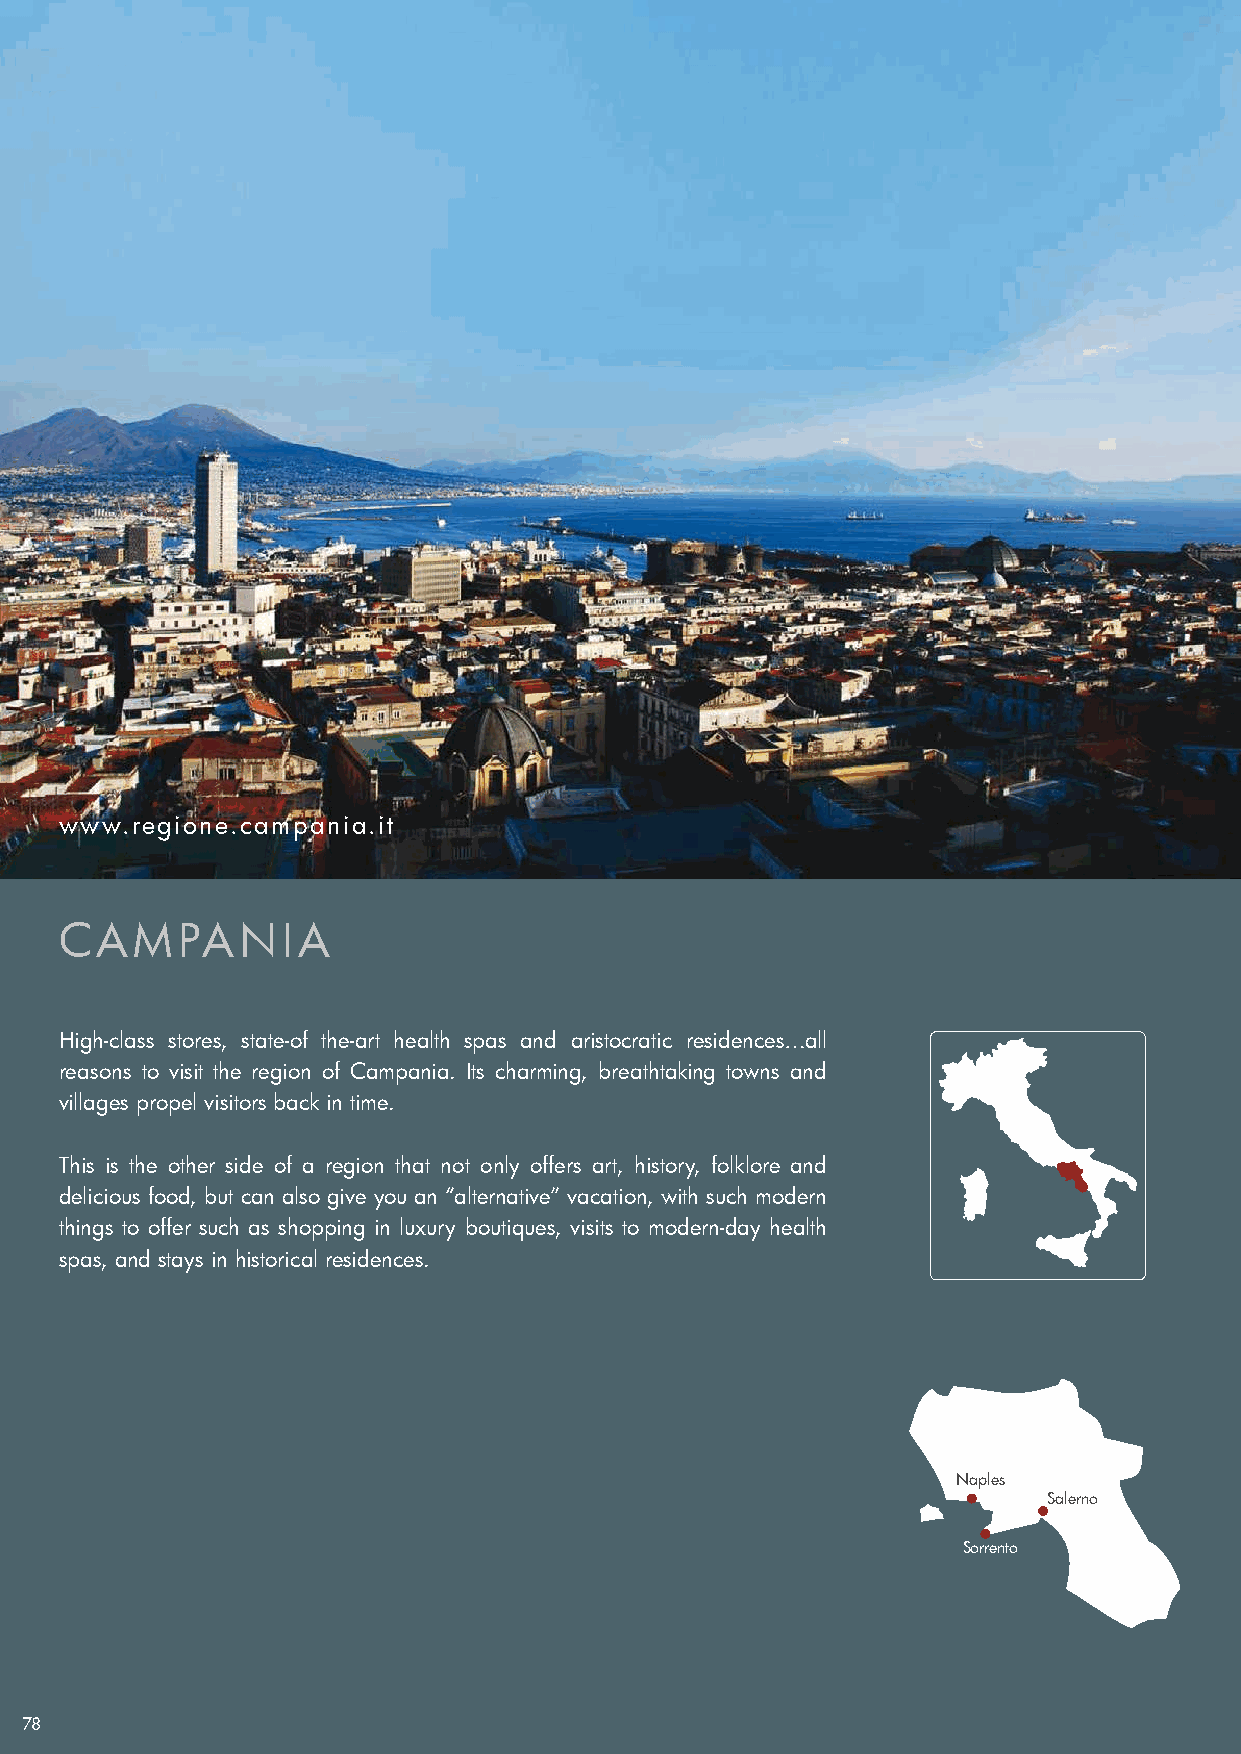
www.regione.campania.it
 CAMPANIA
 High-class stores, state-of the-art health spas and aristocratic residences…all
 reasons to visit the region of Campania. Its charming, breathtaking towns and
 villages propel visitors back in time.
 This is the other side of a region that not only offers art, history, folklore and
 delicious food, but can also give you an “alternative” vacation, with such modern
 things to offer such as shopping in luxury boutiques, visits to modern-day health
 spas, and stays in historical residences.
 Naples
 Salerno
 Sorrento
 78